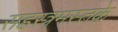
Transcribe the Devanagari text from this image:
सहस्त्रमस्तके